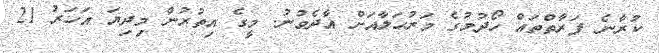
ކުރާނެ ފަރާތްތައް ހޯދުމުގެ މަރުޙަލާއަށް އާދެވުނު. މީގެ އިތުރުން މިދިޔަ އަހަރު 21